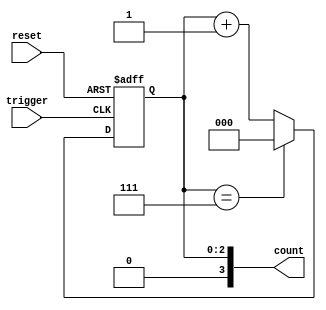
module mod_n_async_counter #(parameter N = 8) (
    input wire reset,         // Asynchronous reset
    input wire trigger,       // Trigger signal for counting
    output reg [3:0] count    // 4-bit output for counting (supports up to N=16)
);

    // Calculate the number of bits needed for the counter
    localparam WIDTH = $clog2(N);

    // State register (D flip-flops)
    reg [WIDTH-1:0] count_reg;

    // Asynchronous reset and counting logic
    always @(posedge trigger or posedge reset) begin
        if (reset) begin
            count_reg <= 0;  // Reset count to 0
        end else begin
            if (count_reg == (N-1)) begin
                count_reg <= 0;  // Wrap around to 0 when reaching N
            end else begin
                count_reg <= count_reg + 1;  // Increment the count
            end
        end
    end

    // Assign count output
    always @(*) begin
        count = count_reg;  // Update output
    end

endmodule